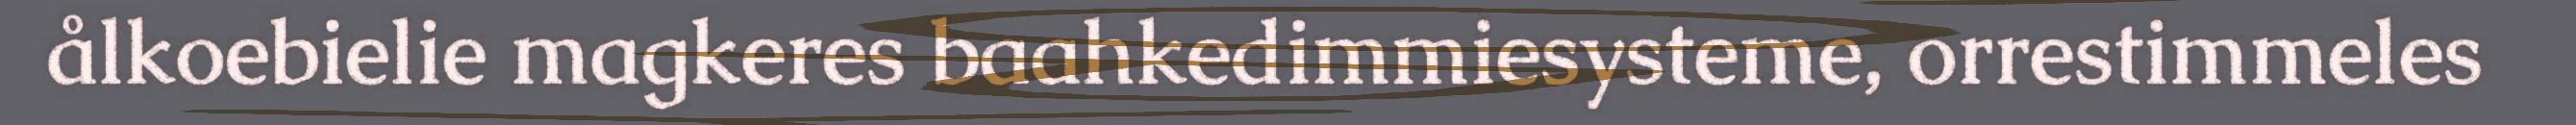
ålkoebielie magkeres baahkedimmiesysteme, orrestimmeles